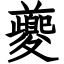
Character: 夔